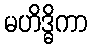
မဟိဒ္ဓိကာ